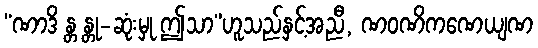
“ဏာဒိ န္တ န္တု-ဆုံးမှု ဤသာ”ဟူသည်နှင့်အညီ, ဏဝဏိကဏေယျဏ